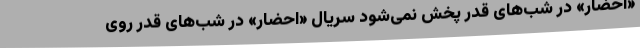
«احضار» در شب‌های قدر پخش نمی‌شود سریال «احضار» در شب‌های قدر روی